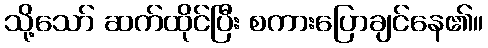
သို့သော် ဆက်ထိုင်ပြီး စကားပြောချင်နေ၏။